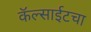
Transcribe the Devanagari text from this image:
कॅल्साईटचा